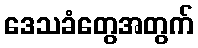
ဒေသခံတွေအတွက်